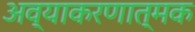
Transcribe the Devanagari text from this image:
अव्याकरणात्मक